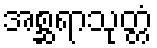
အစ္ဆရာသုတ္တံ